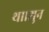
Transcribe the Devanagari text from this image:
था।शुन